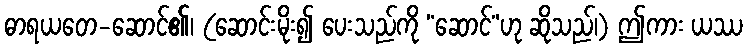
ဓာရယတေ-ဆောင်၏၊ (ဆောင်းမိုး၍ ပေးသည်ကို “ဆောင်”ဟု ဆိုသည်၊) ဤကား ယဿ